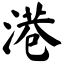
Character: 港